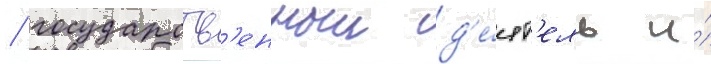
/ государств'енныи д'е́ят'ель и́